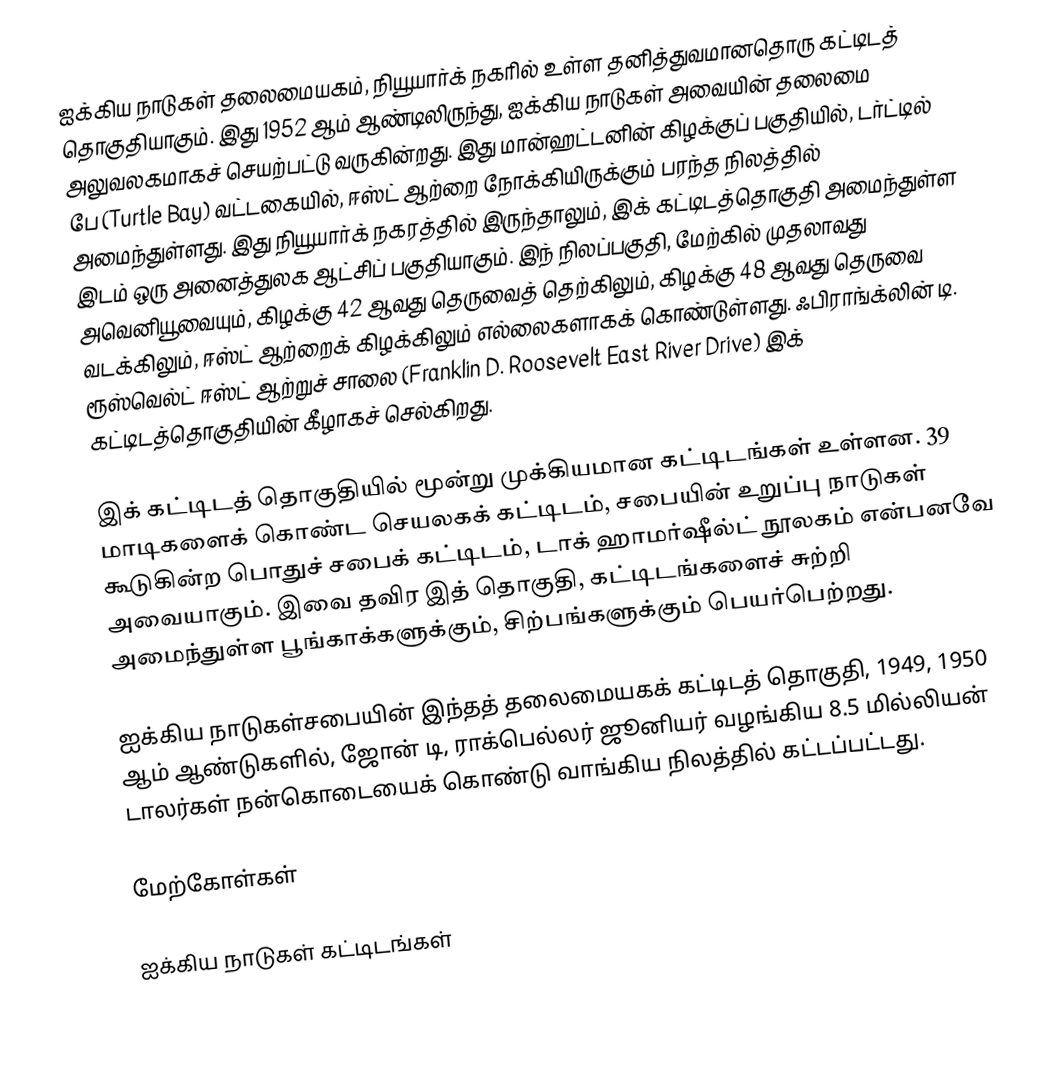
ஐக்கிய நாடுகள் தலைமையகம், நியூயார்க் நகரில் உள்ள தனித்துவமானதொரு கட்டிடத் தொகுதியாகும். இது 1952 ஆம் ஆண்டிலிருந்து, ஐக்கிய நாடுகள் அவையின் தலைமை அலுவலகமாகச் செயற்பட்டு வருகின்றது. இது மான்ஹட்டனின் கிழக்குப் பகுதியில், டர்ட்டில் பே (Turtle Bay) வட்டகையில், ஈஸ்ட் ஆற்றை நோக்கியிருக்கும் பரந்த நிலத்தில் அமைந்துள்ளது. இது நியூயார்க் நகரத்தில் இருந்தாலும், இக் கட்டிடத்தொகுதி அமைந்துள்ள இடம் ஒரு அனைத்துலக ஆட்சிப் பகுதியாகும். இந் நிலப்பகுதி, மேற்கில் முதலாவது அவெனியூவையும், கிழக்கு 42 ஆவது தெருவைத் தெற்கிலும், கிழக்கு 48 ஆவது தெருவை வடக்கிலும், ஈஸ்ட் ஆற்றைக் கிழக்கிலும் எல்லைகளாகக் கொண்டுள்ளது. ஃபிராங்க்லின் டி. ரூஸ்வெல்ட் ஈஸ்ட் ஆற்றுச் சாலை (Franklin D. Roosevelt East River Drive) இக் கட்டிடத்தொகுதியின் கீழாகச் செல்கிறது.

இக் கட்டிடத் தொகுதியில் மூன்று முக்கியமான கட்டிடங்கள் உள்ளன. 39 மாடிகளைக் கொண்ட செயலகக் கட்டிடம், சபையின் உறுப்பு நாடுகள் கூடுகின்ற பொதுச் சபைக் கட்டிடம், டாக் ஹாமர்ஷீல்ட் நூலகம் என்பனவே அவையாகும். இவை தவிர இத் தொகுதி, கட்டிடங்களைச் சுற்றி அமைந்துள்ள பூங்காக்களுக்கும், சிற்பங்களுக்கும் பெயர்பெற்றது.

ஐக்கிய நாடுகள்சபையின் இந்தத் தலைமையகக் கட்டிடத் தொகுதி, 1949, 1950 ஆம் ஆண்டுகளில், ஜோன் டி, ராக்பெல்லர் ஜூனியர் வழங்கிய 8.5 மில்லியன் டாலர்கள் நன்கொடையைக் கொண்டு வாங்கிய நிலத்தில் கட்டப்பட்டது.

மேற்கோள்கள்

ஐக்கிய நாடுகள் கட்டிடங்கள்